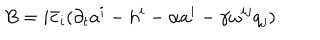
B = i \bar { c } _ { i } ( \partial _ { t } a ^ { i } - h ^ { i } - \alpha a ^ { i } - \gamma \omega ^ { i j } q _ { j } ) .